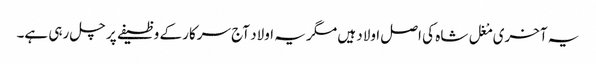
یہ آخری مْغل شاہ کی اصل اولاد ہیں مگر یہ اولاد آج سرکار کے وظیفے پر چل رہی ہے۔